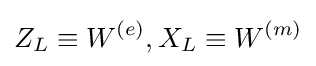
Z_{L}\equiv W^{(e)},X_{L}\equiv W^{(m)}